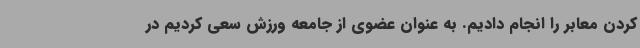
کردن معابر را انجام دادیم. به عنوان عضوی از جامعه ورزش سعی کردیم در